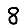
Digit: 8